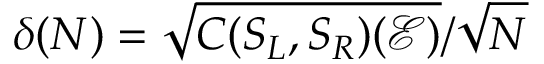
\delta ( N ) = \sqrt { C ( S _ { L } , S _ { R } ) ( \mathcal { E } ) } / \sqrt { N }